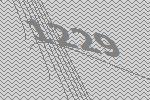
1229